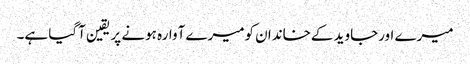
میرے اورجاوید کےخاندان کومیرے آوارہ ہونے پر یقین آگیا ہے۔